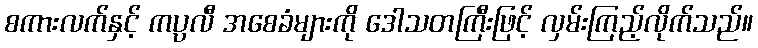
စကားလက်နှင့် ကပ္ပလီ အစေခံများကို ဒေါသတကြီးဖြင့် လှမ်းကြည့်လိုက်သည်။